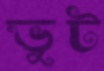
ভুট